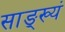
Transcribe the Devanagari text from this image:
साङ्ख्यं